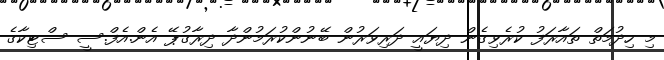
މި ހިދުމަތް ތައާރަފު ކުރެވިގެން ދިޔައީ ދަރިވަރުން ބޭނުންކުރަމުންދާ ދިރާގުޕޭ އެން.އެފް.ސީ ސްޓިކާގެ